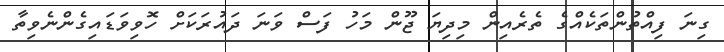
ގިނަ ފިއްތުންތަކެއްގެ ތެރެއިން މިދިޔަ ޖޫން މަހު ފަސް ވަނަ ދައުރަކަށް ހޮވިވަޑައިގެންނެވިތާ